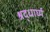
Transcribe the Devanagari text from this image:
श्रद्धार्घ्य